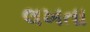
લખતા